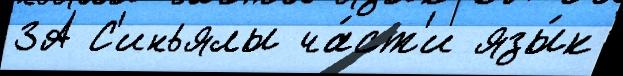
ЗА С'иньялы ча́ст'и язы́к